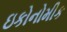
ઇકોનોમીક